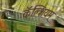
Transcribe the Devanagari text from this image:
कॅल्शियम्